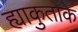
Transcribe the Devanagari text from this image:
ह्याकुताके